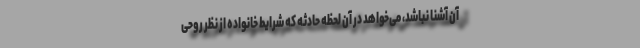
آن آشنا نباشد، می‌خواهد در آن لحظه حادثه که شرایط خانواده از نظر روحی